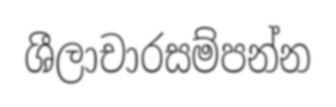
ශීලාචාරසම්පන්න